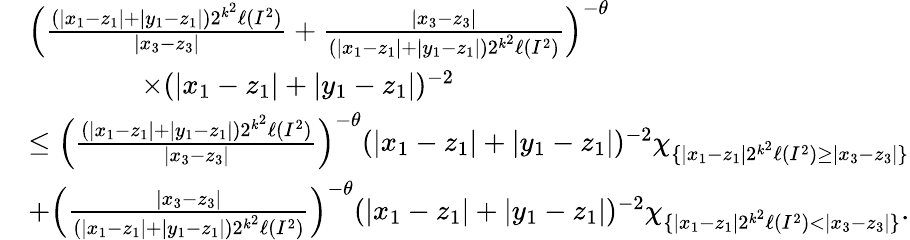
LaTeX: \begin{array}{rl}&{\Bigl(\frac{(|x_{1}-z_{1}|+|y_{1}-z_{1}|)2^{k^{2}}\ell(I^{2})}{|x_{3}-z_{3}|}+\frac{|x_{3}-z_{3}|}{(|x_{1}-z_{1}|+|y_{1}-z_{1}|)2^{k^{2}}\ell(I^{2})}\Bigr)^{-\theta}}\\ &{\qquad\qquad\times(|x_{1}-z_{1}|+|y_{1}-z_{1}|)^{-2}}\\ &{\le\Bigl(\frac{(|x_{1}-z_{1}|+|y_{1}-z_{1}|)2^{k^{2}}\ell(I^{2})}{|x_{3}-z_{3}|}\Bigr)^{-\theta}(|x_{1}-z_{1}|+|y_{1}-z_{1}|)^{-2}\chi_{\{ |x_{1}-z_{1}|2^{k^{2}}\ell(I^{2})\ge|x_{3}-z_{3}|\} }}\\ &{+\Bigl(\frac{|x_{3}-z_{3}|}{(|x_{1}-z_{1}|+|y_{1}-z_{1}|)2^{k^{2}}\ell(I^{2})}\Bigr)^{-\theta}(|x_{1}-z_{1}|+|y_{1}-z_{1}|)^{-2}\chi_{\{ |x_{1}-z_{1}|2^{k^{2}}\ell(I^{2})<|x_{3}-z_{3}|\} }.}\end{array}